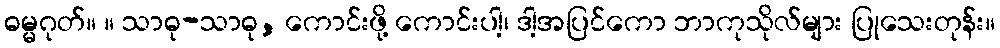
ဓမ္မဂုတ်။ ။ သာဓု-သာဓု, ကောင်းဖို့ ကောင်းပါ့၊ ဒါ့အပြင်ကော ဘာကုသိုလ်များ ပြုသေးတုန်း။